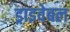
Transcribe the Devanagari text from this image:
ड्राइवेबल